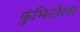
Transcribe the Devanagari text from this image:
कुंभिटोला